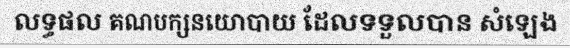
លទ្ធផល គណបក្សនយោបាយ ដែលទទួលបាន សំឡេង